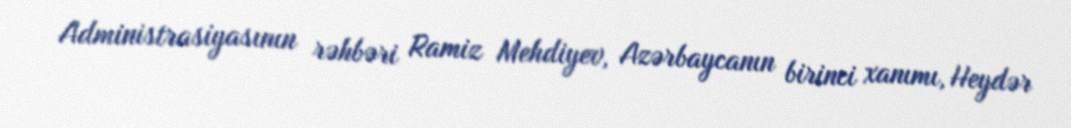
Administrasiyasının rəhbəri Ramiz Mehdiyev, Azərbaycanın birinci xanımı, Heydər